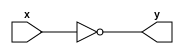
//Verilog HDL for "cuaic", "not" "functional"


module not1  ( input wire x, output wire y);
assign y=~x;
endmodule